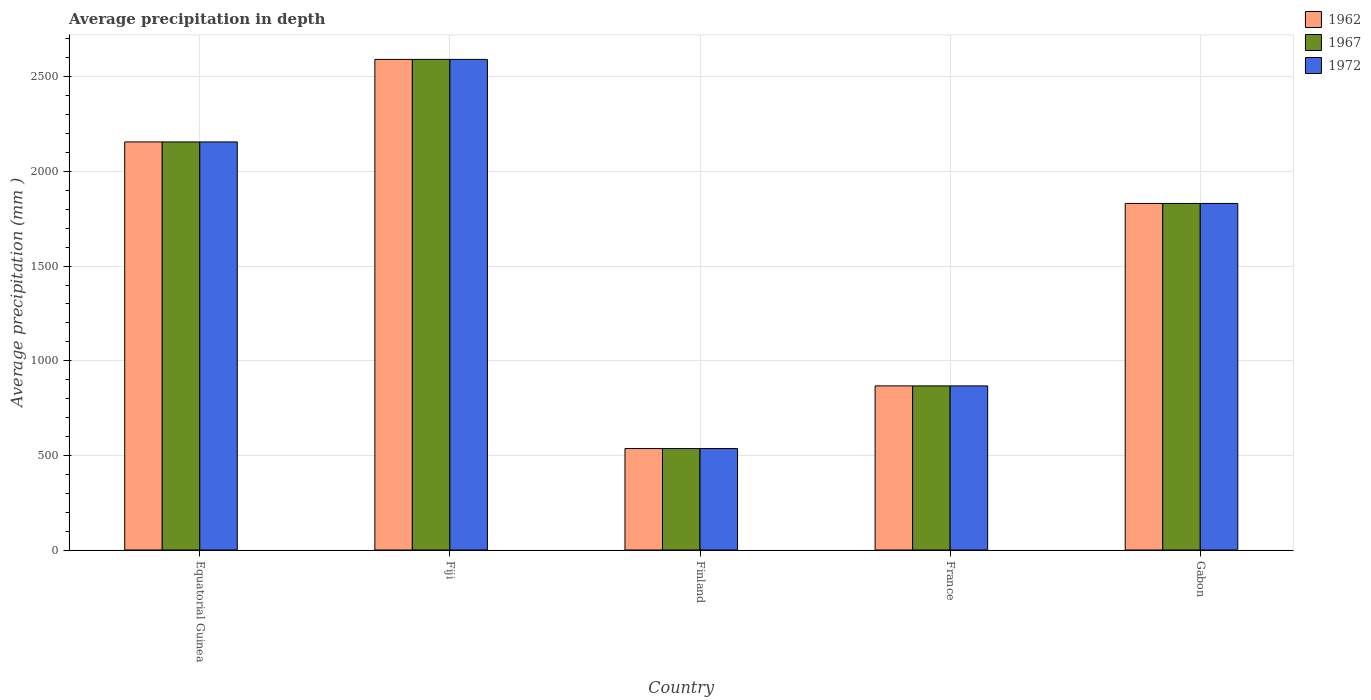
| Country | 1962 | 1967 | 1972 |
 | --- | --- | --- | --- |
 | Equatorial Guinea | 2.16e+03 | 2.16e+03 | 2.16e+03 |
 | Fiji | 2.59e+03 | 2.59e+03 | 2.59e+03 |
 | Finland | 536 | 536 | 536 |
 | France | 867 | 867 | 867 |
 | Gabon | 1.83e+03 | 1.83e+03 | 1.83e+03 |